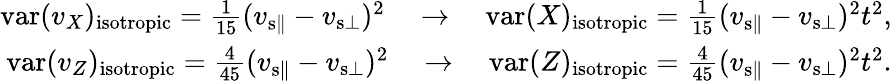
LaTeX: \begin{array}{r}{\mathrm{var}(v_{X})_{\mathrm{isotropic}}=\frac{1}{15}(v_{{\mathrm{s}}\parallel}-v_{{\mathrm{s}}\bot})^{2}\quad\rightarrow\quad\mathrm{var}(X)_{\mathrm{isotropic}}=\frac{1}{15}(v_{{\mathrm{s}}\parallel}-v_{{\mathrm{s}}\bot})^{2}t^{2},}\\ {\mathrm{var}(v_{Z})_{\mathrm{isotropic}}=\frac{4}{45}(v_{{\mathrm{s}}\parallel}-v_{{\mathrm{s}}\bot})^{2}\quad\rightarrow\quad\mathrm{var}(Z)_{\mathrm{isotropic}}=\frac{4}{45}(v_{{\mathrm{s}}\parallel}-v_{{\mathrm{s}}\bot})^{2}t^{2}.}\end{array}